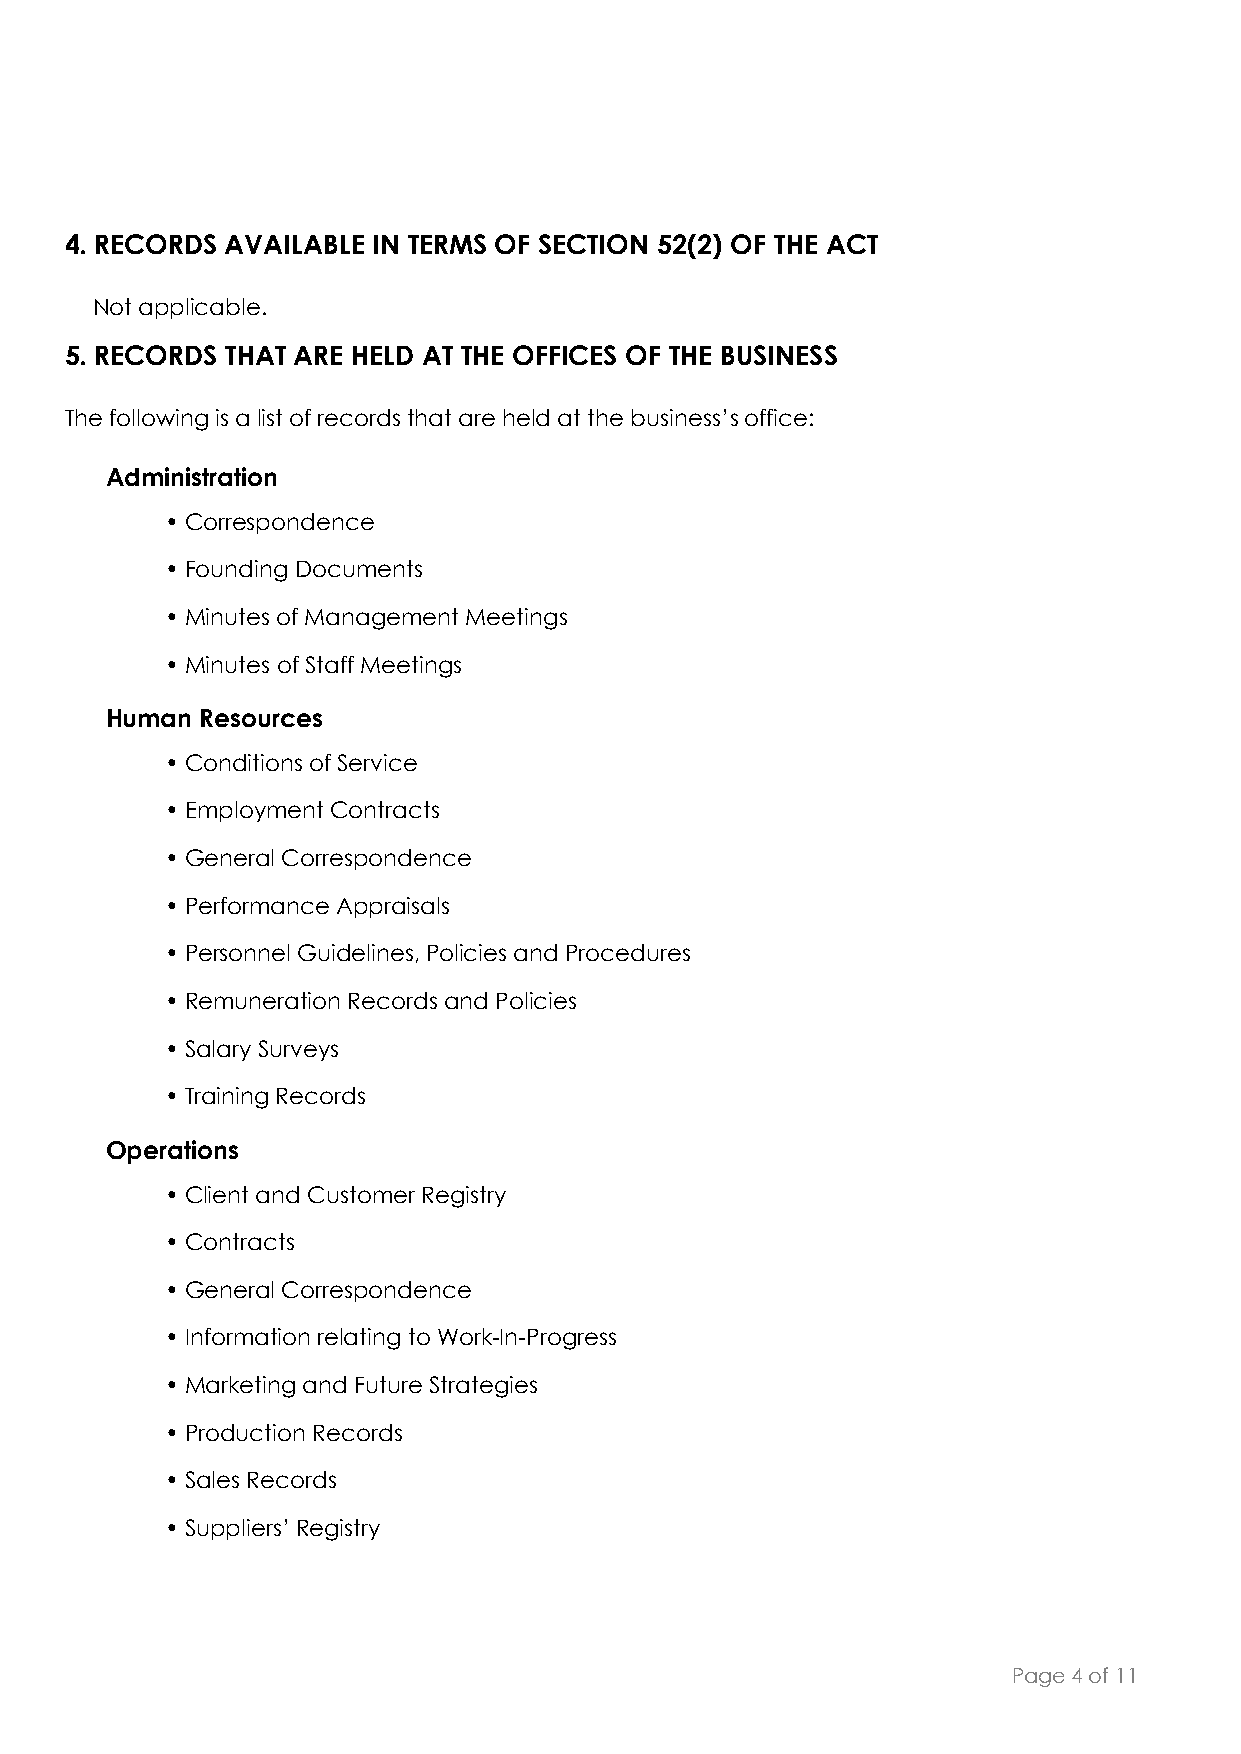
4. RECORDS AVAILABLE IN TERMS OF SECTION 52(2) OF THE ACT
 Not applicable.
 5. RECORDS THAT ARE HELD AT THE OFFICES OF THE BUSINESS
 The following is a list of records that are held at the business’s office:
 Administration
 • Correspondence
 • Founding Documents
 • Minutes of Management Meetings
 • Minutes of Staff Meetings
 Human Resources
 • Conditions of Service
 • Employment Contracts
 • General Correspondence
 • Performance Appraisals
 • Personnel Guidelines, Policies and Procedures
 • Remuneration Records and Policies
 • Salary Surveys
 • Training Records
 Operations
 • Client and Customer Registry
 • Contracts
 • General Correspondence
 • Information relating to Work-In-Progress
 • Marketing and Future Strategies
 • Production Records
 • Sales Records
 • Suppliers’ Registry
 Page 4 of 11